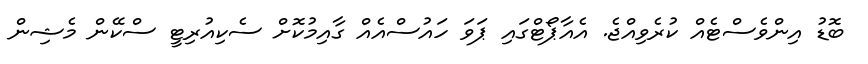
ބޮޑު އިންވެސްޓެއް ކުރެވިއްޖެ. އެއާޕޯޓްގައި ޕަވަ ހައުސްއެއް ގާއިމުކޮށް ސެކިއުރިޓީ ސްކޭން މެޝިން